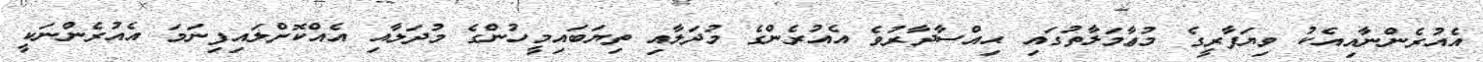
އެއުރެންނާއިއެކު ވިޔަފާރީގެ މުޢާމަލާތުގައި ޙިއްސާދާރުވެ އެއުރެންގެ މުދަލާއި ތިޔަބައިމީހުންގެ މުދަލާއި އެއްކޮށްލައިފިނަމަ އެއުރެންނަކީ